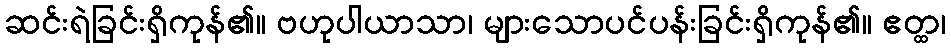
ဆင်းရဲခြင်းရှိကုန်၏။ ဗဟုပါယာသာ၊ များသောပင်ပန်းခြင်းရှိကုန်၏။ ဧတ္ထ၊